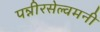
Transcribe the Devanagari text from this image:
पन्नीरसेल्वमनी